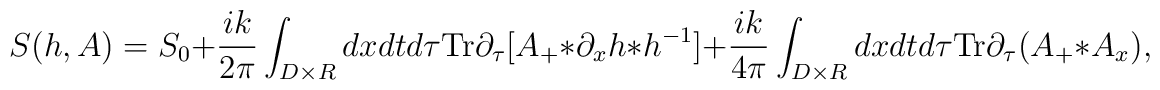
S(h, A)=S_0+\frac{ik}{2\pi}\int_{D\times R}dxdtd\tau \mbox{Tr}\partial_{\tau}[A_{+}*\partial_xh*h^{-1}]+\frac{ik}{4\pi}\int_{D\times R}dxdtd\tau\mbox{Tr}\partial_{\tau}(A_{+}*A_x),